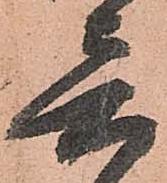
音